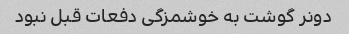
دونر گوشت به خوشمزگی دفعات قبل نبود